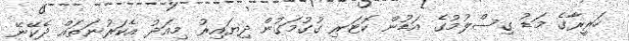
ހަރީރާގެ މަޑު ގިސްލުމުގެ އަޑުން ކޮޓަރި ގުގުމަގުން ދިޔައިރު މިއަދު އެކަރުނަތައް ދެކޭނޭ